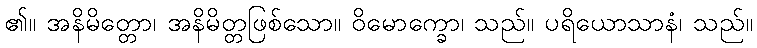
၏။ အနိမိတ္တော၊ အနိမိတ္တဖြစ်သော။ ဝိမောက္ခော၊ သည်။ ပရိယောသာနံ၊ သည်။